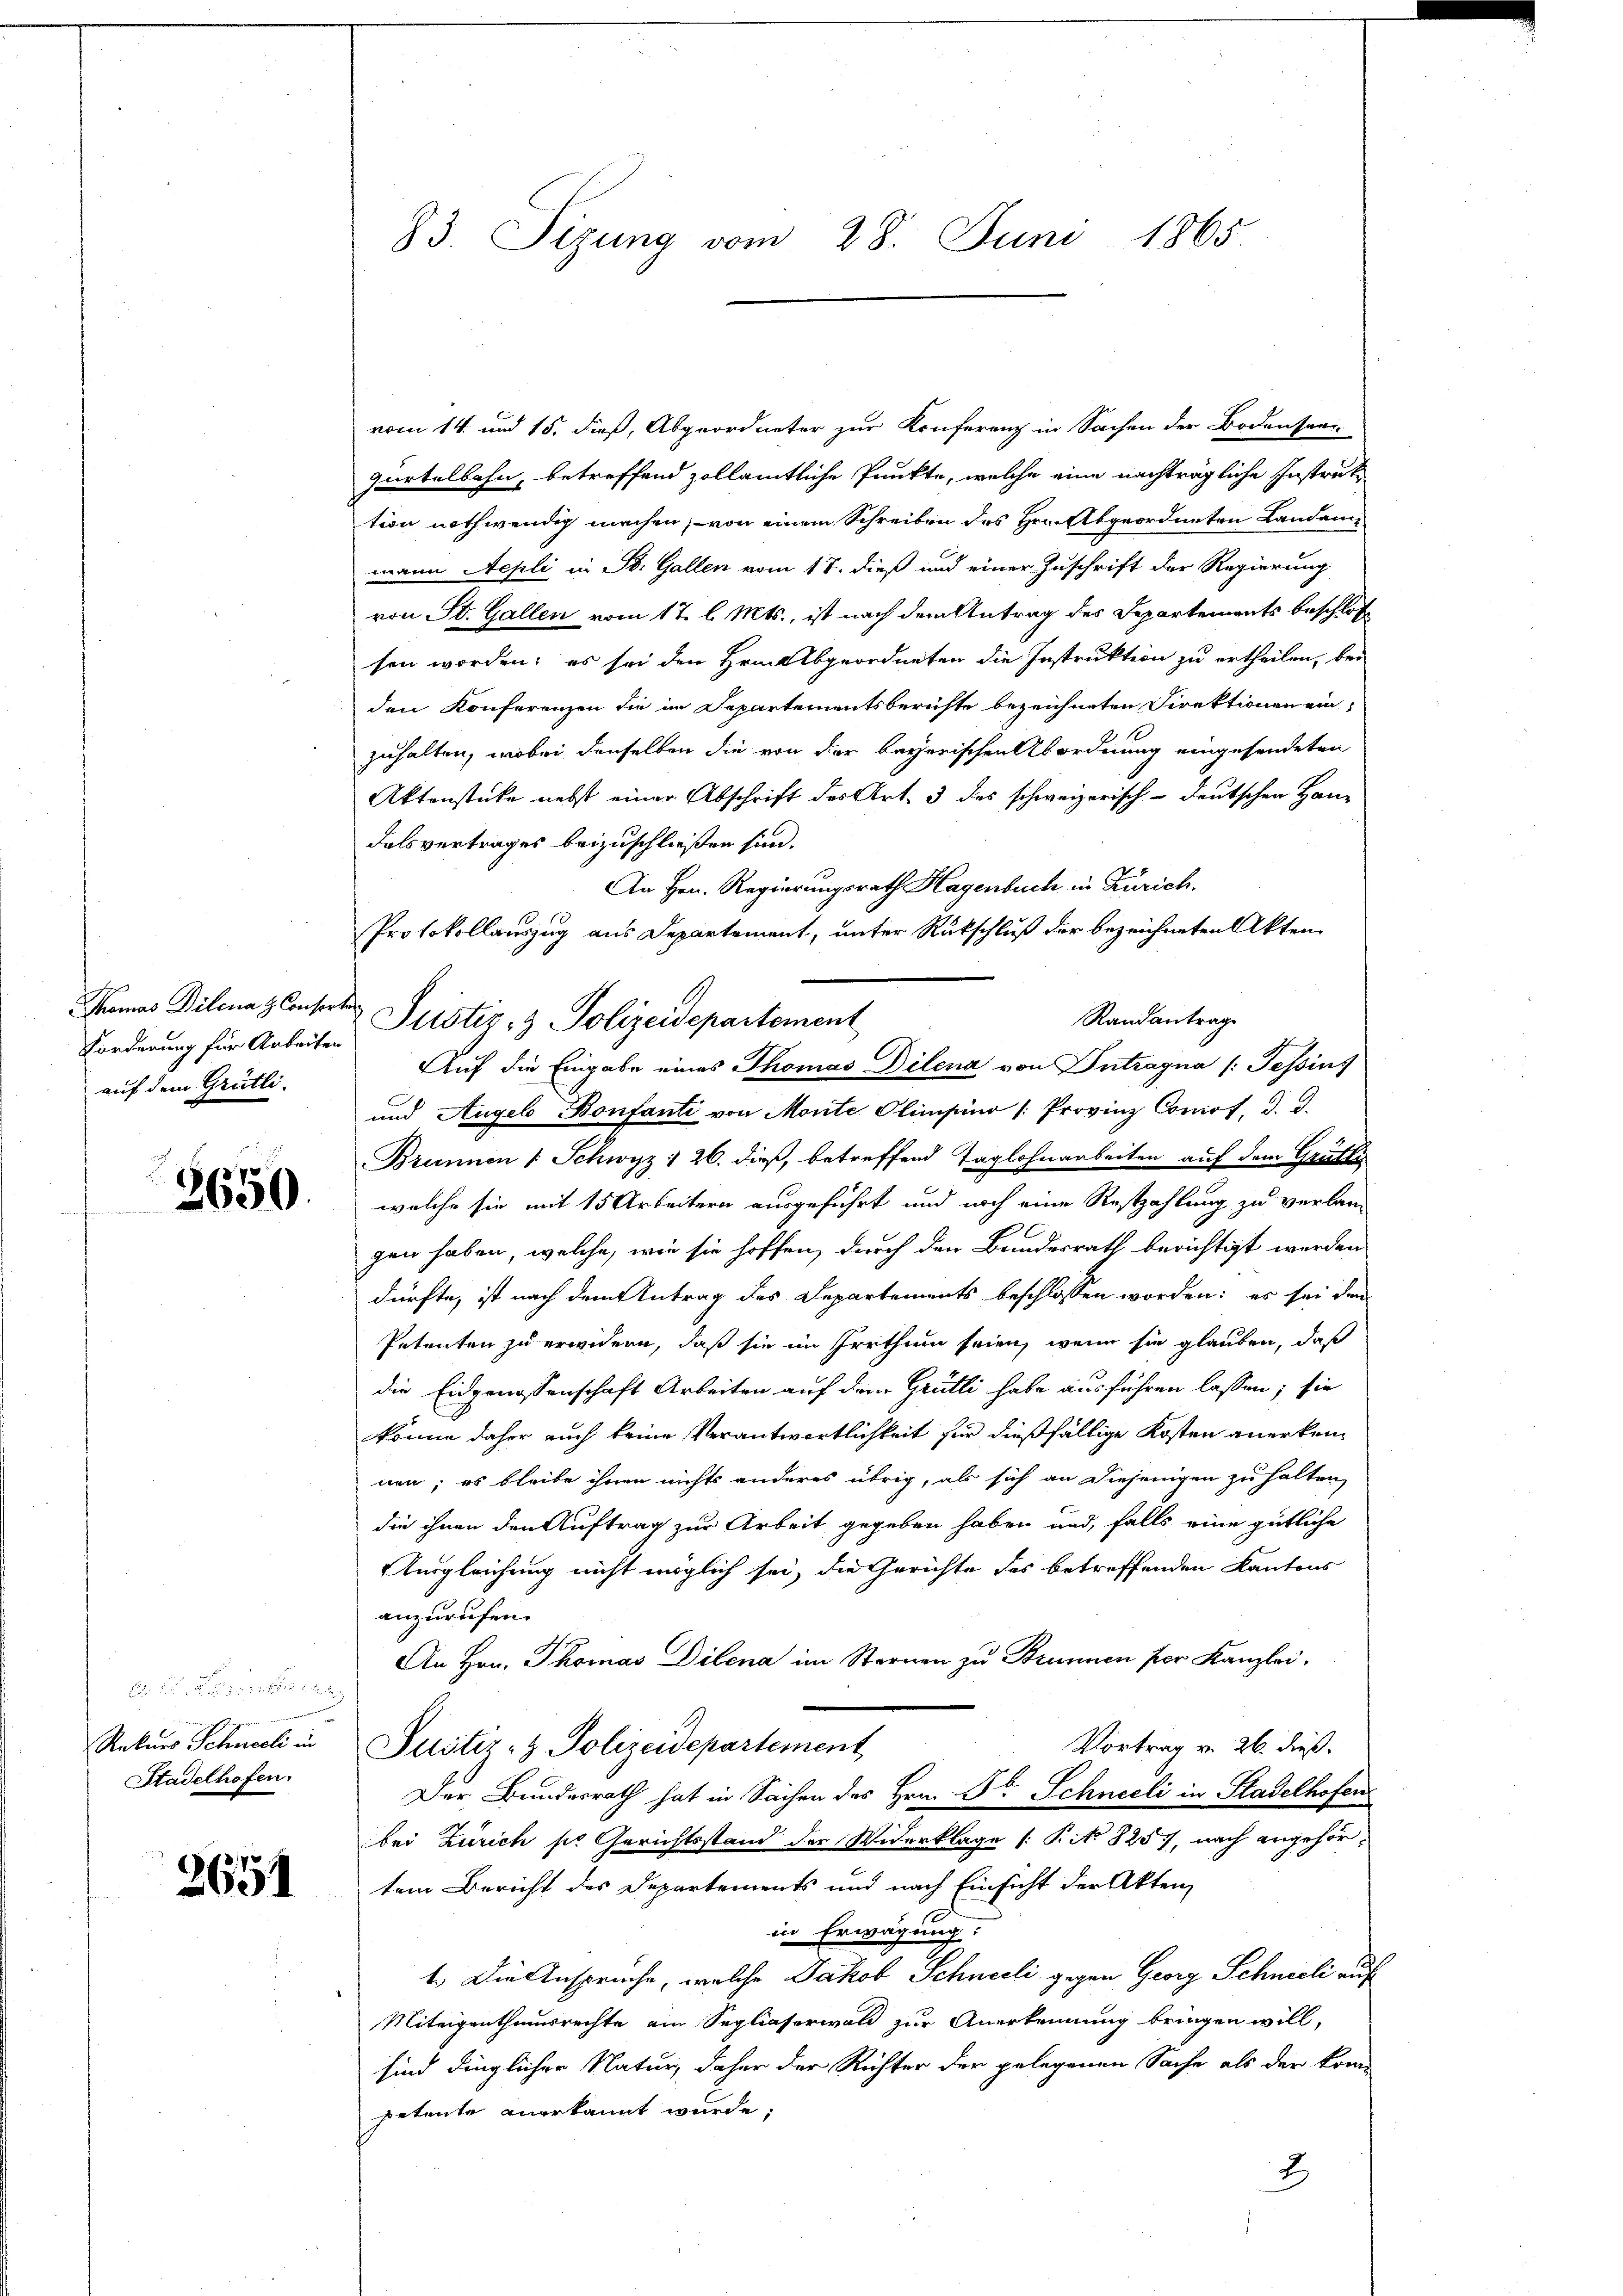
Thomas Dilena z. Conserte
Forderung für Arbeiten
auf dem Grütli

2650.

Rekurs Schneeli in
Stadelhofen.

2651

83. Sizung vom 28. Juni 1865

vom 14. und 15. dieß, Abgeordneter zur Konferenz in Sachen der Bodensee¬
Gürtelbahn, betreffend zollämtliche Punkte, welche eine nachträgliche Instruktion nothwendig machen, von einem Schreiben des Hrn. Abgeordneten Landammann Aepli in St. Gallen vom 18. dieß und einer Zuschrift der Regierung
von St. Gallen vom 17. l. Mts., ist nach dem Antrag des Departements beschloß
sen worden; es sei den Hrn. Abgeordneten die Instruktion zu ertheilen, bei
den Konferenzen die im Departementsberichte bezeichneten Direktionen ein
zuhalten, wobei denselben die von der bayerischen Abordnung eingesendeten
Aktenstücke nebst einer Abschrift des Art. 3 des schweizerisch-deutschen Handalsvertrages beizuschließen sind.
An Hrn. Regierungsrath Hagenbuch in Zürich.
Protokollauszug aus Departement, unter Rückschluß der bezeichneten Akten
Randantrage
und Augel Bonfanti von Monte Olimsino Provinz Concot, d. d.
Brunnen (Schwyz: 26. dieß, betreffend Taglohnarbeiten auf dem Grütli
welche sie mit 15 Arbeitern ausgeführt und noch eine Restzahlung zu verlang
gen haben, welche, wie sie hoffen, durch den Bundesrath berichtigt werden
dürfte, ist nach dem Antrag des Departements beschlossen worden; es sei den
Petenten zu erwidern, daß sie im Irrthum seien, wenn sie glauben, daß
die Eidgenossenschaft Arbeiten auf dem Grütli habe ausführen lassen; sie
könne daher auch keine Verantwortlichkeit für dießfällige Kosten anerkennen; es bleibe ihnen nichts anderes übrig, als sich an diejenigen zu halten,
die ihnen den Auftrag zur Arbeit gegeben haben und, falls eine gütliche
Ausgleichung nicht möglich sei, die Gerichte des betreffenden Kantons
anzurufen.
An Hrn. Thomas Dilena im Sternen zu Brunnen per Kanzlei.
Vortrag v. 26. dieß.
Justiz- & Polizeidepartement
Der Bundesrath hat in Sachen des Hrn. Dr Schneeli in Stadelhofen
bei Zürich sie Gerichtsstand der Widerklage [P. No 8257, nach angehörtem Bericht des Departements und nach Einsicht der Akten,
in Erwägung:
1. Die Anspruche, welche Jakob Schneeli gegen Georg Schneeli auf
Miteigenthumsrechte am Segliaserwald zur Anerkennung bringen will,
sind dinglicher Natur, daher der Richter der gelegenen Sache als der kom
petente anerkannt wurde;
2

Justiz- & Polizeidepartement
Auf die Eingabe eines Thomas Dilena von Intragna /: Tessins